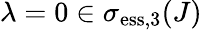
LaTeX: \lambda=0\in\sigma_{\mathrm{ess},3}(J)